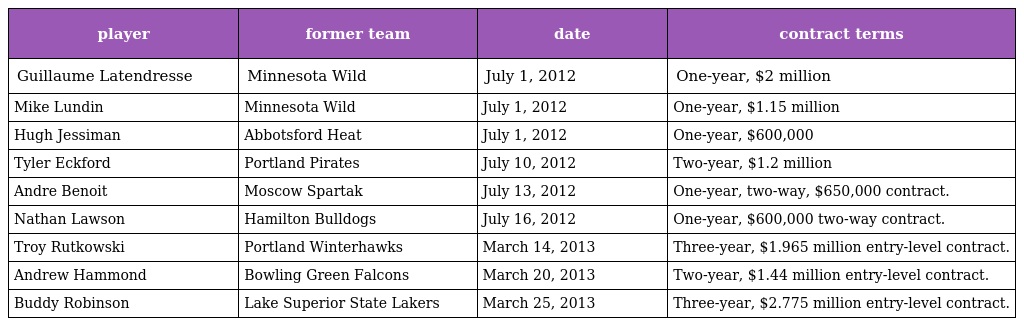
| player | former team | date | contract terms |
 | --- | --- | --- | --- |
 | Guillaume Latendresse | Minnesota Wild | July 1, 2012 | One-year, $2 million |
 | Mike Lundin | Minnesota Wild | July 1, 2012 | One-year, $1.15 million |
 | Hugh Jessiman | Abbotsford Heat | July 1, 2012 | One-year, $600,000 |
 | Tyler Eckford | Portland Pirates | July 10, 2012 | Two-year, $1.2 million |
 | Andre Benoit | Moscow Spartak | July 13, 2012 | One-year, two-way, $650,000 contract. |
 | Nathan Lawson | Hamilton Bulldogs | July 16, 2012 | One-year, $600,000 two-way contract. |
 | Troy Rutkowski | Portland Winterhawks | March 14, 2013 | Three-year, $1.965 million entry-level contract. |
 | Andrew Hammond | Bowling Green Falcons | March 20, 2013 | Two-year, $1.44 million entry-level contract. |
 | Buddy Robinson | Lake Superior State Lakers | March 25, 2013 | Three-year, $2.775 million entry-level contract. |